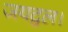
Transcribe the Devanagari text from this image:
जयद्वल।